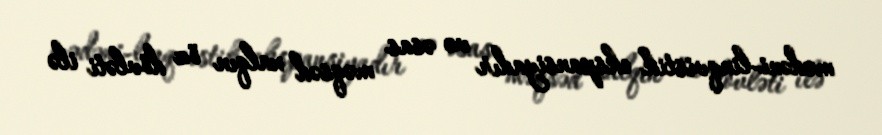
mədəni-linqvistik ekspansiyadır və əsas məqsəd xalqın öz dövləti ilə